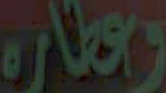
وعطاره